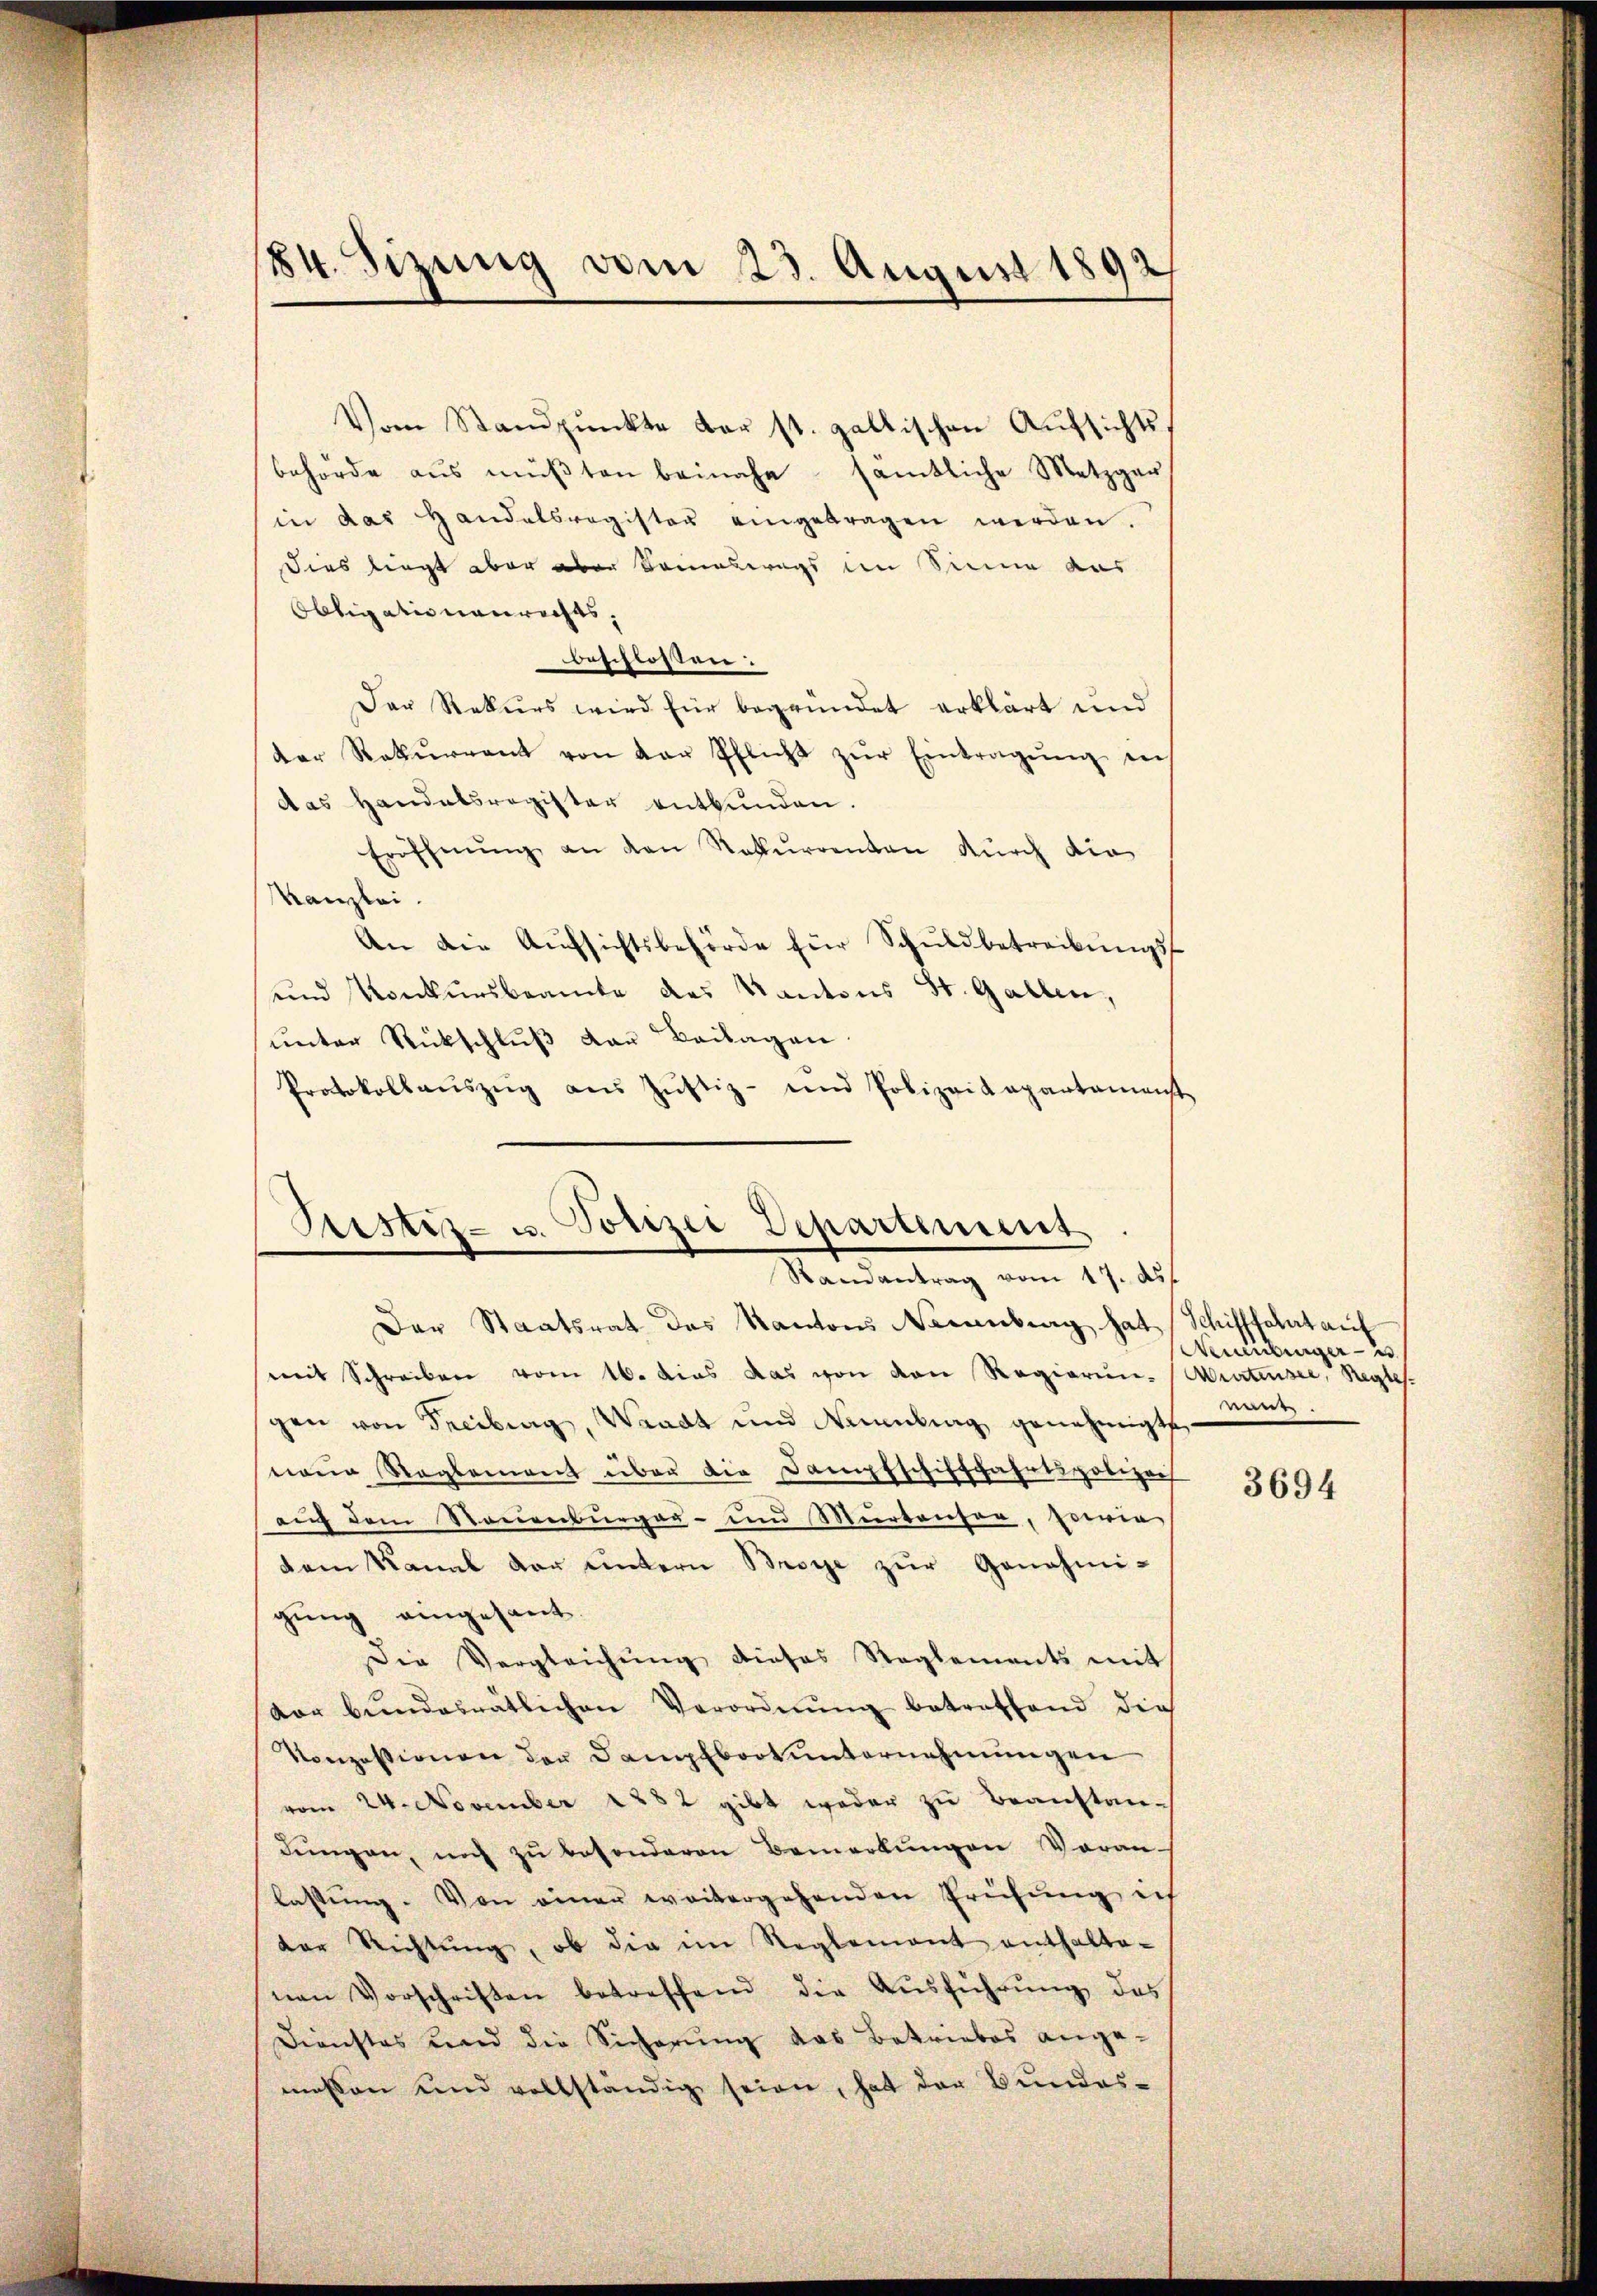
84. Sizung vom 23. August 1892/

Vom Standpŭnkte der st. gallischen Aufsichtsbehörde aus mŭβten beinahe sämtliche Metzgar
in das Handelsregister eingetragen werden.
Dies liegt aber aber Someswegs im Sinne aus
Obligationenrechts,
beschießen:
Der Rekurs wird für begründet erklärt und
der Rekŭrrent von der Pflicht zŭr Eintragŭng ins
das Handatsregister entbunden.
Eröffnŭng an den Rekurrenten durch die
Kanzlei.
An die Aufsichtsbehörde für Schuldbetreibungss
und Konkursbeamte des Kantons St. Gallen,
ŭnter Rückschlŭβ an Beilagen.
Protokollaŭszŭg aŭs Jŭstiz- und Polizeikapartamenst
Sistiz- u. Polizei Departement

Randantrag vom 17. d.

Der Staatsrat des Kantons Neuenburg hat Schifffahrt auf
mit Schreiben vom 16. dies das von den Regierun-Wirtensee, Regle
gen von Freiburg, Waadt und Nürnberg genehmigt
wen Reglement über die Dampfschifffahrtspolizei
auf dem Neuenburger- und Murteuser, sowie
dem Kanal der untern Brege zŭr Genehmi-
gung eingesant.
Die Vergleichŭng dieses Reglements mit
vor bŭndesrätlichen Verordnŭng betreffend die
Konzessionen der Dampfboot unternehmungen
vom 24. November 1882 gibt weder zu Beanstandŭngen, mich zŭ besonderen Bemerkŭngen Voran
lassung. Von einer weitergehenden Prüfung in
der Richtŭng, ob die im Reglement enthalte-
nen Vorschriften betreffend die Aŭsführŭng des
Dienstes und die Sicherung das Betriebes angemessen und vollständig seien, hat der Bundes-

Neuenburger - 2.
eer

3694